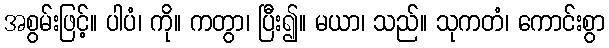
အစွမ်းဖြင့်။ ပါပံ၊ ကို။ ကတွာ၊ ပြီး၍။ မယာ၊ သည်။ သုကတံ၊ ကောင်းစွာ